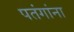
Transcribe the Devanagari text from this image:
पतंगांना